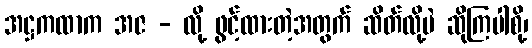
အဋ္ဌကထာက အဇ - လို့ ဖွင့်ထားတဲ့အတွက် ဆိတ်လို့ပဲ ဆိုကြပါစို့၊